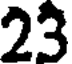
23